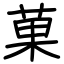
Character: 菓